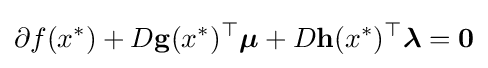
\partial f(x^{*})+D\mathbf {g} (x^{*})^{\top }{\boldsymbol {\mu }}+D\mathbf {h} (x^{*})^{\top }{\boldsymbol {\lambda }}=\mathbf {0}